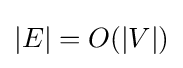
|E|=O(|V|)